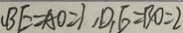
_ { 1 } B E = A O = 1 , D _ { 1 } E = B O = 2